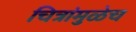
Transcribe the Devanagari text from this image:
चित्रांमुळेच